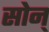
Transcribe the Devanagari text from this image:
सोन्